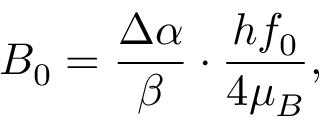
B _ { 0 } = \frac { \Delta \alpha } { \beta } \cdot \frac { h f _ { 0 } } { 4 \mu _ { B } } ,